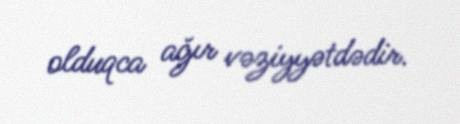
olduqca ağır vəziyyətdədir.